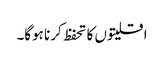
اقلیتوں کا تحفظ کرنا ہوگا۔